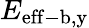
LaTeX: E_{\mathrm{eff-b,y}}